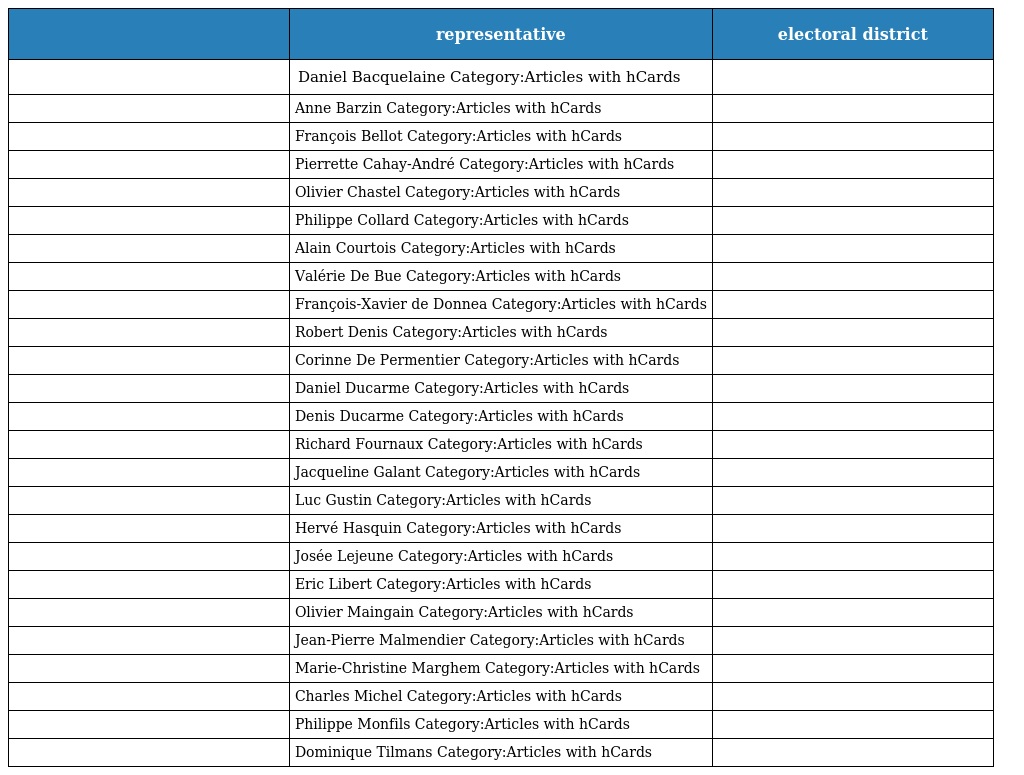
|  | representative | electoral district |
 | --- | --- | --- |
 |  | Daniel Bacquelaine Category:Articles with hCards |  |
 |  | Anne Barzin Category:Articles with hCards |  |
 |  | François Bellot Category:Articles with hCards |  |
 |  | Pierrette Cahay-André Category:Articles with hCards |  |
 |  | Olivier Chastel Category:Articles with hCards |  |
 |  | Philippe Collard Category:Articles with hCards |  |
 |  | Alain Courtois Category:Articles with hCards |  |
 |  | Valérie De Bue Category:Articles with hCards |  |
 |  | François-Xavier de Donnea Category:Articles with hCards |  |
 |  | Robert Denis Category:Articles with hCards |  |
 |  | Corinne De Permentier Category:Articles with hCards |  |
 |  | Daniel Ducarme Category:Articles with hCards |  |
 |  | Denis Ducarme Category:Articles with hCards |  |
 |  | Richard Fournaux Category:Articles with hCards |  |
 |  | Jacqueline Galant Category:Articles with hCards |  |
 |  | Luc Gustin Category:Articles with hCards |  |
 |  | Hervé Hasquin Category:Articles with hCards |  |
 |  | Josée Lejeune Category:Articles with hCards |  |
 |  | Eric Libert Category:Articles with hCards |  |
 |  | Olivier Maingain Category:Articles with hCards |  |
 |  | Jean-Pierre Malmendier Category:Articles with hCards |  |
 |  | Marie-Christine Marghem Category:Articles with hCards |  |
 |  | Charles Michel Category:Articles with hCards |  |
 |  | Philippe Monfils Category:Articles with hCards |  |
 |  | Dominique Tilmans Category:Articles with hCards |  |